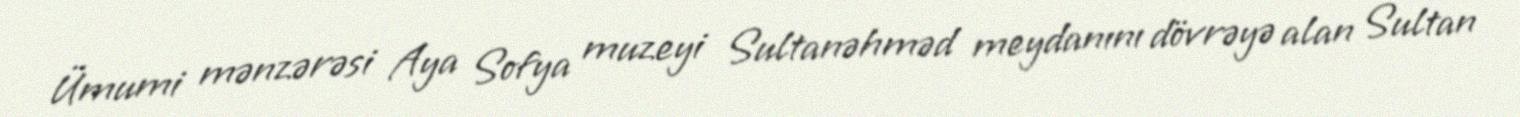
Ümumi mənzərəsi Aya Sofya muzeyi Sultanəhməd meydanını dövrəyə alan Sultan